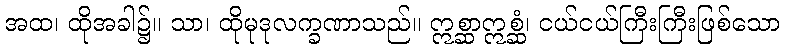
အထ၊ ထိုအခါ၌။ သာ၊ ထိုမုဒုလက္ခဏာသည်။ ဣစ္ဆာဣစ္ဆံ၊ ငယ်ငယ်ကြီးကြီးဖြစ်သော